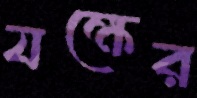
যক্ষের